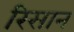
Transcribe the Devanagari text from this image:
रिसान